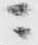
ニ